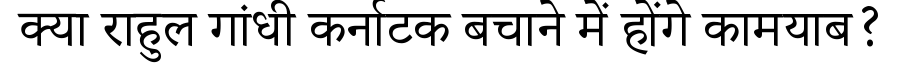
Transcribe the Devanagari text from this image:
क्या राहुल गांधी कर्नाटक बचाने में होंगे कामयाब?